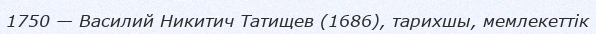
1750 — Василий Никитич Татищев (1686), тарихшы, мемлекеттік